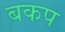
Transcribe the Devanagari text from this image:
बकप